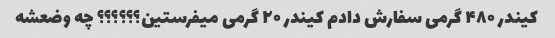
کیندر ۴۸۰ گرمی سفارش دادم کیندر ۲۰ گرمی میفرستین؟؟؟؟؟؟ چه وضعشه